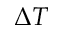
{ \Delta } T